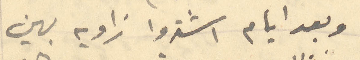
وبعد أيام اشتروا زاويه بهين